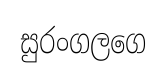
සුරංගලගෙ